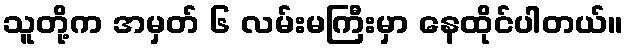
သူတို့က အမှတ် ၆ လမ်းမကြီးမှာ နေထိုင်ပါတယ်။